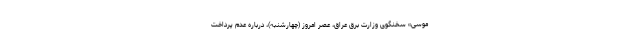
موسی» سخنگوی وزارت برق عراق، عصر امروز (چهارشنبه)، درباره عدم پرداخت